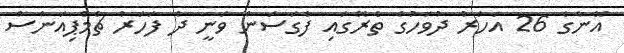
އޭނާގެ 26 އަހަރު ދުވަހުގެ ތެރޭގައި ފާގަސަން ވަނީ ދެ ފަހަރު ޗެމްޕިއަންސް